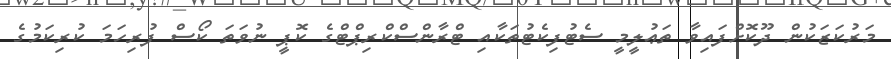
މަރުކަޒަކުން ދޫކޮށްފައިވާ ތަޢުލީމީ ސެޓުފިކެޓުތަކާއި ޓްރާންސްކްރިޕްޓްގެ ކޮޕީ ނުވަތަ ކޯސް ފުރިހަމަ ކުރިކަމުގެ